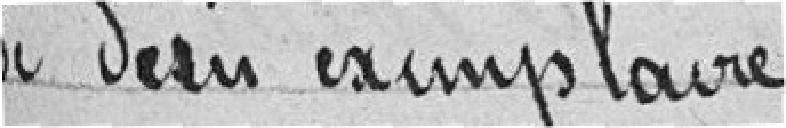
roi d'un exemplaire